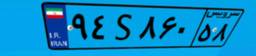
۷۲S۱۳۱۵۸